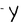
Character: Y